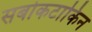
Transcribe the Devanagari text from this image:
सबोकटाकिन